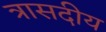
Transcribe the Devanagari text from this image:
त्रासदीय